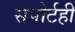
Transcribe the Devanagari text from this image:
सपोर्टही